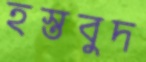
হস্তবুদ